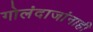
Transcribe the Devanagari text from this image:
गोलंदाजांनाही